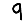
Digit: 9